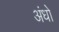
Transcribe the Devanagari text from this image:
अंधो